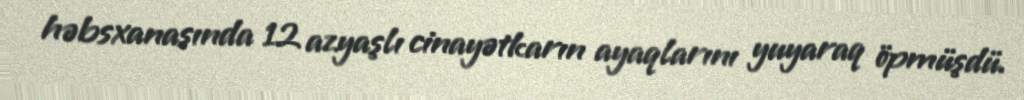
həbsxanasında 12 azyaşlı cinayətkarın ayaqlarını yuyaraq öpmüşdü.